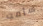
سأمت